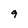
Character: 9